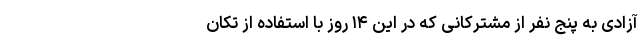
آزادی به پنج نفر از مشترکانی که در این ۱۴ روز با استفاده از تکان